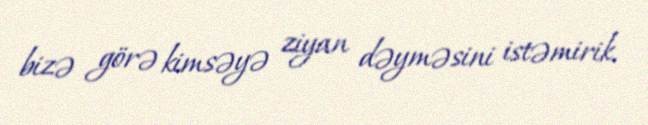
bizə görə kimsəyə ziyan dəyməsini istəmirik.